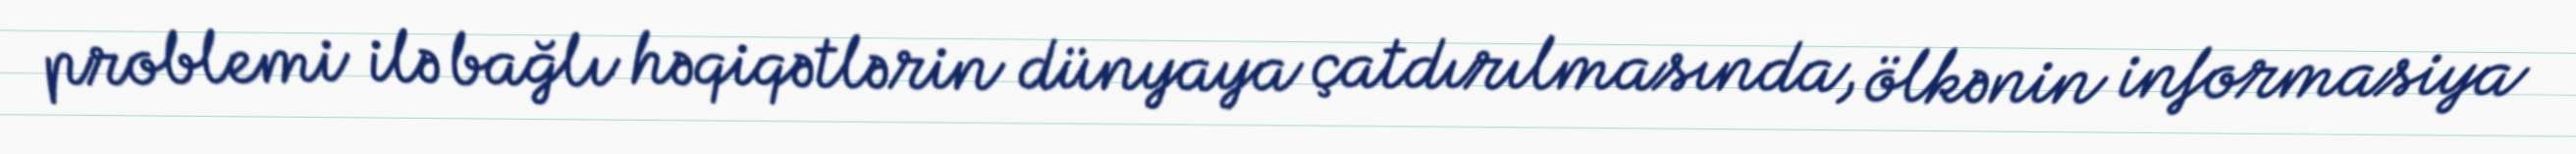
problemi ilə bağlı həqiqətlərin dünyaya çatdırılmasında, ölkənin informasiya